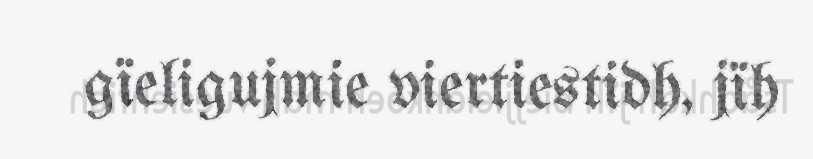
gïeligujmie viertiestidh, jïh